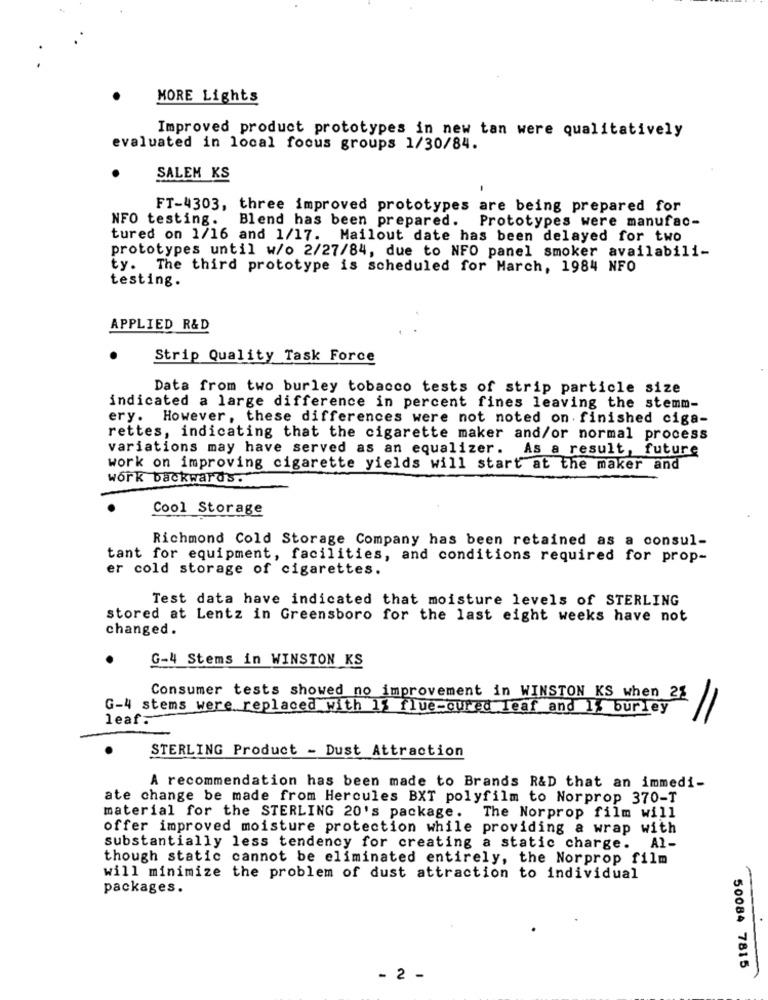
MORE Lights
Improved product prototypes in new tan were qualitatively
evaluated in local focus groups 1/30/84.
SALEM KS
FT-4303, three improved prototypes are being prepared for
NFO testing. Blend has been prepared. Prototypes were manufac-
tured on 1/16 and 1/17. Mailout date has been delayed for two
prototypes until w/o 2/27/84, due to NFO panel smoker availabili-
ty. The third prototype is scheduled for March, 1984 NFO
testing.
APPLIED R&D
Strip Quality Task Force
Data from two burley tobacco tests of strip particle size
indicated a large difference in percent fines leaving the stemm-
ery. However, these differences were not noted on finished ciga-
rettes, indicating that the cigarette maker and/or normal process
variations may have served as an equalizer. As a result, future
work on improving cigarette yields will start at the maker and
work backwards.
Cool Storage
Richmond Cold Storage Company has been retained as a consul-
tant for equipment, facilities, and conditions required for prop-
er cold storage of cigarettes.
Test data have indicated that moisture levels of STERLING
stored at Lentz in Greensboro for the last eight weeks have not
changed .
G-4 Stems in WINSTON KS
Consumer tests showed no improvement in WINSTON KS when 2%
G-4 stems were replaced with 1% flue-gured leaf and 1% burley
leaf.
STERLING Product - Dust Attraction
A recommendation has been made to Brands R&D that an immedi-
ate change be made from Hercules BXT polyfilm to Norprop 370-T
material for the STERLING 20's package. The Norprop film will
offer improved moisture protection while providing a wrap with
substantially less tendency for creating a static charge. Al-
though static cannot be eliminated entirely, the Norprop film
will minimize the problem of dust attraction to individual
packages.
50084 7815
- 2 -